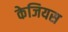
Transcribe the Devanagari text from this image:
केजियस